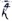
Text: R